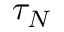
\tau _ { N }